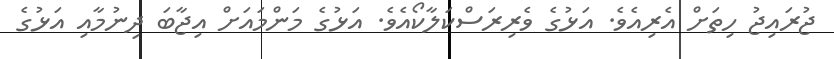
ޖުރައިޖު ހިތަށް އެރިއެވެ. އަޅުގެ ވެރިރަސްކަލާކޯއެވެ. އަޅުގެ މަންމައަށް އިޖާބަ ދިނުމާއި އަޅުގެ